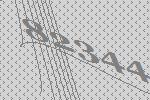
82344